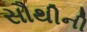
સૌથીની